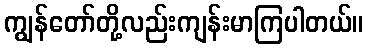
ကျွန်တော်တို့လည်းကျန်းမာကြပါတယ်။